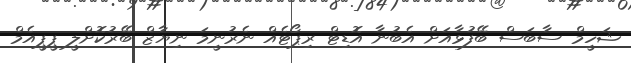
ޝަހީމް ސާބަސް ބޭފުޅާއަށް އެބުނާ އޮޑިޓް ރިޕޯޓެއް ނެރުނީމަ ނިޔާޒް ބޭރުކޮށްލީ ޕީޕީއެމް